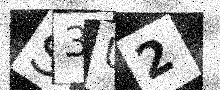
Text: S3U2